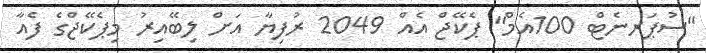
"ސުޕަރނެޓް 100އެމް" ޕެކޭޖް އެއް 2049 ރުފިޔާ އަށް ލިބޭއިރު މިޕެކޭޖްގެ ފެއާ